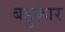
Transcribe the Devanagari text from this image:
बहुकार